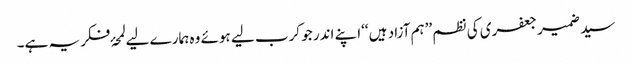
سید ضمیر جعفری کی نظم ’’ہم آزاد ہیں ‘‘اپنے اندر جو کرب لیے ہوئے وہ ہمارے لیے لمحۂ فکریہ ہے۔